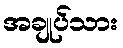
အချုပ်သား